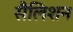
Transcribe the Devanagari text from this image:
सैलिशन